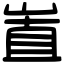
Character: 𡸽